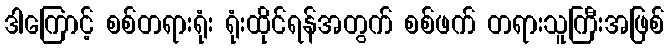
ဒါကြောင့် စစ်တရားရုံး ရုံးထိုင်ရန်အတွက် စစ်ဖက် တရားသူကြီးအဖြစ်